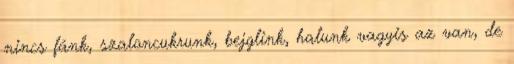
nincs fánk, szaloncukrunk, bejglink, halunk vagyis az van, de